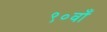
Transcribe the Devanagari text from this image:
९०वाँ